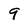
Character: 9